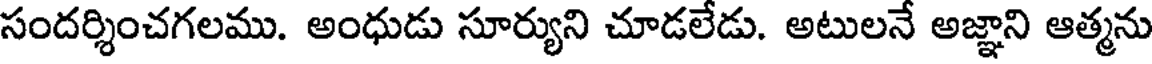
సందర్శించగలము. అంధుడు సూర్యుని చూడలేడు. అటులనే అజ్ఞాని ఆత్మను